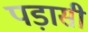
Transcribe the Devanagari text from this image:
पड़ासी